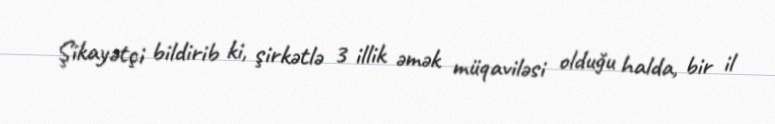
Şikayətçi bildirib ki, şirkətlə 3 illik əmək müqaviləsi olduğu halda, bir il